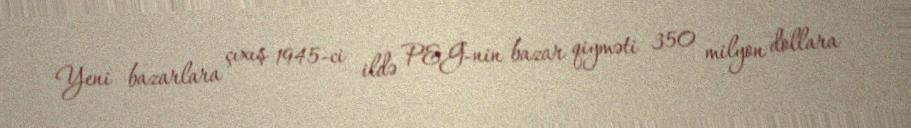
Yeni bazarlara çıxış 1945-ci ildə P&G-nin bazar qiyməti 350 milyon dollara